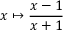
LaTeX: x \mapsto { \frac { x - 1 } { x + 1 } }